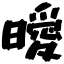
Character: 曖